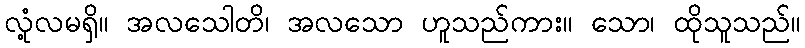
လုံ့လမရှိ။ အလသေါတိ၊ အလသော ဟူသည်ကား။ သော၊ ထိုသူသည်။